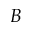
\boldsymbol { B }